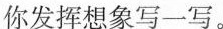
你发挥想象写一写。